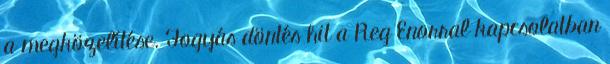
a megközelítése. Fogyás döntés hit a Reg Enorral kapcsolatban